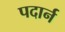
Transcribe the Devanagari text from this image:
पदार्न